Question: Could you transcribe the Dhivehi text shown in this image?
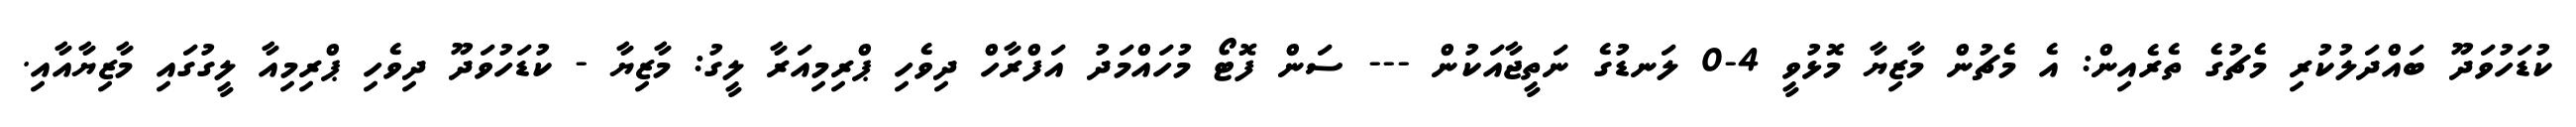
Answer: ކުޑަހުވަދޫ ބައްދަލުކުރި މެޗުގެ ތެރެއިން: އެ މެޗުން މާޒިޔާ މޮޅުވީ 4-0 ލަނޑުގެ ނަތީޖާއަކުން --- ސަން ފޮޓޯ މުހައްމަދު އަފްރާހް ދިވެހި ޕްރިމިއަރާ ލީގު: މާޒިޔާ - ކުޑަހުވަދޫ ދިވެހި ޕްރިމިއާ ލީގުގައި މާޒިޔާއާއި.